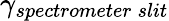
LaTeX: \gamma_{spectrometer\: slit}